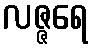
လဇ္ဇရေ